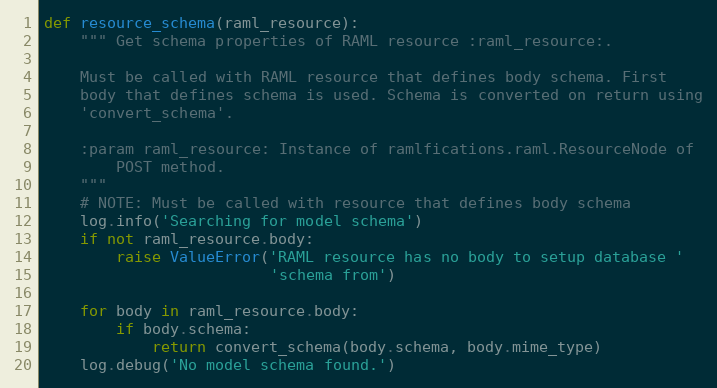
Language: Python
def resource_schema(raml_resource):
    """ Get schema properties of RAML resource :raml_resource:.

    Must be called with RAML resource that defines body schema. First
    body that defines schema is used. Schema is converted on return using
    'convert_schema'.

    :param raml_resource: Instance of ramlfications.raml.ResourceNode of
        POST method.
    """
    # NOTE: Must be called with resource that defines body schema
    log.info('Searching for model schema')
    if not raml_resource.body:
        raise ValueError('RAML resource has no body to setup database '
                         'schema from')

    for body in raml_resource.body:
        if body.schema:
            return convert_schema(body.schema, body.mime_type)
    log.debug('No model schema found.')